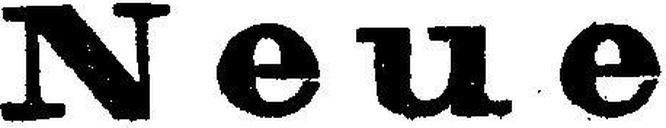
Neue